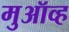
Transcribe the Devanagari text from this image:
मुऑव्ह